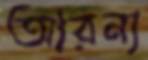
আরন্য